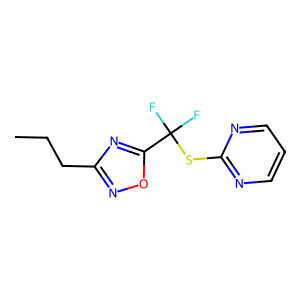
SMILES: CCCc1noc(C(F)(F)Sc2ncccn2)n1
Inhibits HIV replication: No